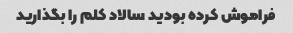
فراموش کرده بودید سالاد کلم را بگذارید